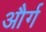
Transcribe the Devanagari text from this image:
और्ग